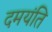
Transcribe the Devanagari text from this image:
दमयंति